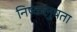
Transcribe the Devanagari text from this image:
निष्कलुषता